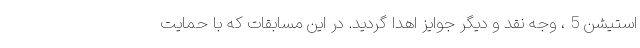
استیشن 5 ، وجه نقد و دیگر جوایز اهدا گردید. در این مسابقات که با حمایت